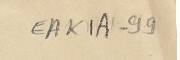
EAK1A-99